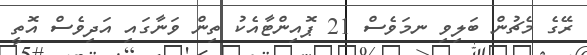
ރޭގެ މެޗުން ބަލިވި ނމަވެސް 21 ޕޮއިންޓާއެކު ތިން ވަނާގައި އަދިވެސް އޮތީ